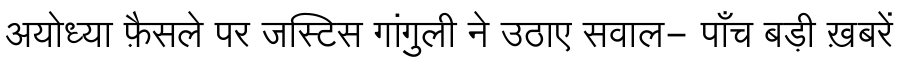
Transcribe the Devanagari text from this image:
अयोध्या फ़ैसले पर जस्टिस गांगुली ने उठाए सवाल- पाँच बड़ी ख़बरें